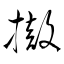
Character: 撤